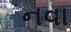
નવા